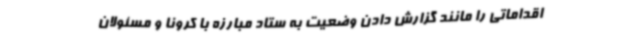
اقداماتی را مانند گزارش دادن وضعیت به ستاد مبارزه با کرونا و مسئولان